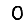
Digit: 0